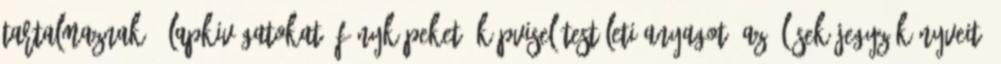
tartalmaznak , lapkivágatokat, fényképeket, képviselőtestületi anyagot, az ülések jegyzőkönyveit.